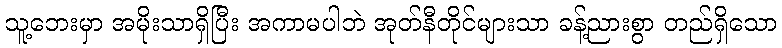
သူ့ဘေးမှာ အမိုးသာရှိပြီး အကာမပါဘဲ အုတ်နီတိုင်များသာ ခန့်ညားစွာ တည်ရှိသော